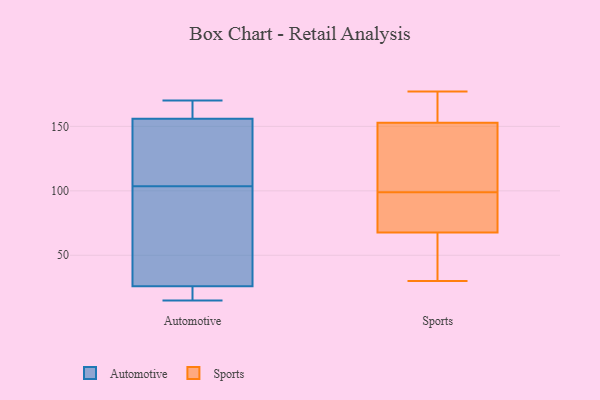
{"axis": {"x": "Active Users", "y": "Value"}, "legend": ["Automotive", "Sports"], "data": [{"x": "", "y": 164, "type": "Automotive"}, {"x": "", "y": 106, "type": "Automotive"}, {"x": "", "y": 143, "type": "Automotive"}, {"x": "", "y": 145, "type": "Automotive"}, {"x": "", "y": 15, "type": "Automotive"}, {"x": "", "y": 156, "type": "Automotive"}, {"x": "", "y": 19, "type": "Automotive"}, {"x": "", "y": 101, "type": "Automotive"}, {"x": "", "y": 160, "type": "Automotive"}, {"x": "", "y": 113, "type": "Automotive"}, {"x": "", "y": 21, "type": "Automotive"}, {"x": "", "y": 159, "type": "Automotive"}, {"x": "", "y": 170, "type": "Automotive"}, {"x": "", "y": 80, "type": "Automotive"}, {"x": "", "y": 21, "type": "Automotive"}, {"x": "", "y": 72, "type": "Automotive"}, {"x": "", "y": 26, "type": "Automotive"}, {"x": "", "y": 98, "type": "Automotive"}, {"x": "", "y": 163, "type": "Sports"}, {"x": "", "y": 99, "type": "Sports"}, {"x": "", "y": 82, "type": "Sports"}, {"x": "", "y": 153, "type": "Sports"}, {"x": "", "y": 177, "type": "Sports"}, {"x": "", "y": 67, "type": "Sports"}, {"x": "", "y": 142, "type": "Sports"}, {"x": "", "y": 46, "type": "Sports"}, {"x": "", "y": 152, "type": "Sports"}, {"x": "", "y": 96, "type": "Sports"}, {"x": "", "y": 39, "type": "Sports"}, {"x": "", "y": 163, "type": "Sports"}, {"x": "", "y": 113, "type": "Sports"}, {"x": "", "y": 30, "type": "Sports"}, {"x": "", "y": 70, "type": "Sports"}]}